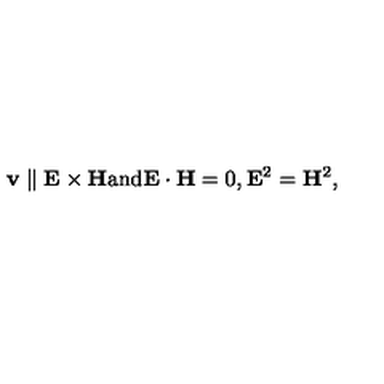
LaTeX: \mathbf { v } \parallel \mathbf { E } \times \mathbf { H } \mathrm { a n d } \mathbf { E } \cdot \mathbf { H } = 0 , \mathbf { E } ^ { 2 } = \mathbf { H } ^ { 2 } ,